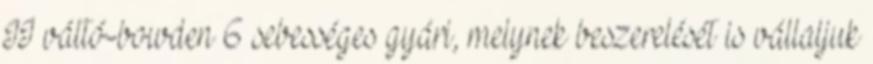
II váltó-bowden 6 sebességes gyári, melynek beszerelését is vállaljuk